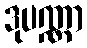
ဒုပဏ္ဏာ